Vital statistics of India. Vol. VI, European troops 1870-79
Year: 1870
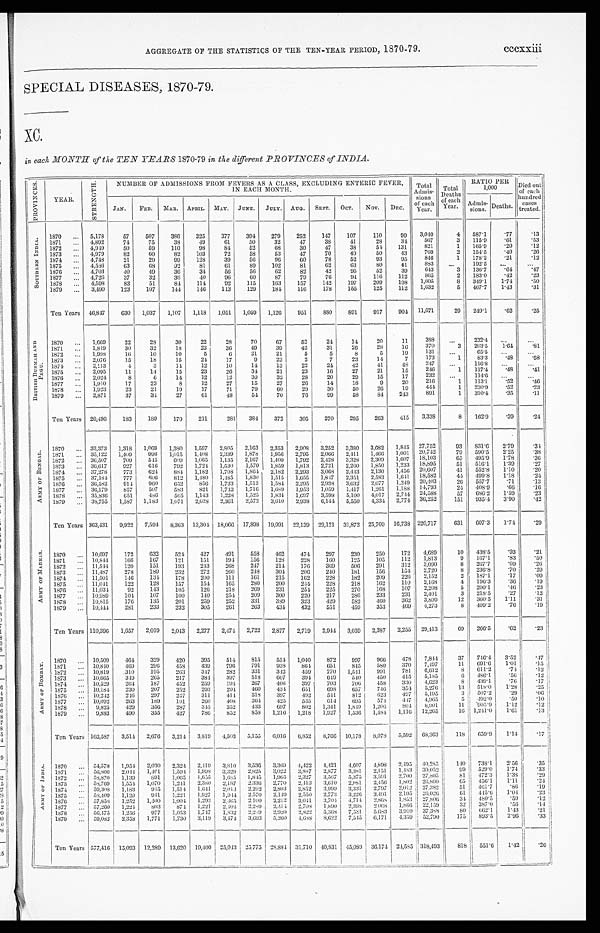
AGGREGATE OF THE STATISTICS OF THE TEN-YEAR PERIOD, 1870-79. cccxxiii
SPECIAL DISEASES, 1870-79.
XC.
in each MONTH of the TEN YEARS 1870-79 in the different PROVINCES of INDIA.
P R O V I N C E S .
YEAR.
S T R E N G T H .
NUMBER OF ADMISSIONS FROM FEVERS AS A CLASS, EXCLUDING ENTERIC FEVER,
IN EACH MONTH.
Total
Admis-
sions
of each
Year.
Total Deaths of
each
Year.
RATIO PER
1,000
D i e d o u t o f e a c h
JAN. FEB. MAR. APRIL. MAY. JUNE. JULY. AUG. SEPT. OCT. NOV. DEC.
Admis-
sions. Deaths.
hundred
cases
treated.
S O U T H E R N I N D I A .
1870 ... 5,178
57
507
386
325
377
394
279
252
147
107
110
99 3,040
4 587.1
.77
.13
1871 ... 4,892
74
75
38
49
61
50
32
47
38
41
28
34
567
3 115.9 .61
.53
1872
. . . 4,949
50
59
110
98
84
52
68
30
47
38
54
131
821
1 165.9
.20
. 1 2
1873 ... 4,979
82
60
82
103
72
58
53
47
70
49
50
43
769
2 154.5 .40
. 2 6
1874
. . . 4,748
21
29
99
128
39
56
96
60
78
52
93
95
846
1 178.2
.21
.12
1875 ... 4,586
63
68
92
81
61
89
102
81
62
63
80
41
883
...
192.5 ...
...
1876 ... 4,703
40
49
36
34
56
5 6
62
82
42
95
52
39
643
3 136.7 .64
.47
1877
. . . 4,726
37
32
36
40
96
60
87
79
76
94
116
112
8 6 5
2 183.0 .42
.23
1878 . . . 4,598
83
51
84
114
92
115
163
157
142
197
209
198 1,605
8 349.1 1.74
.50
1879 ... 3,490
123
107
144
146
113
129
184
116
178
155
125
112 1,632
5 467.7 1.43
.31
Ten Years 46,847 630 1,037 1,107 1,118 1,051 1,059 1,126
951
8 8 0
891 917 904 11,671
29 249.1
.62
.25
B R I T I S H B U R M A H A N D P E G U . 1870
. . .
1,669
22
28
30
22
28
70
67
52
24
14
20
11
388
. . .
232.4 ...
...
1871 ... 1,819
30
32
18
23
36
49
39
42
31
26
28
16
3 7 0 3 203.5
1 . 6 4
. 8 1
1872 ... 1,998
16
10
10
5
6
21
21
5
5
8
5
19
131 ...
65.5 ...
. . .
1873
. . . 2,076
15
18
15
24
17
9
22
2
7
23
14
7
173
1
83.3 .48
.58
1874 ... 2,113
4
3
14
12
10
14
13
22
24
42
41
4 8
247
...
116.8 ...
. . .
1875
. . . 2,095
11
14
15
23
26
34
21
23
16
27
21
15
246
1 117.4 .48
. 4 1
1876
. . . 2,024
8
6
14
12
12
39
3 2
28
20
29
15
17
232
. . .
114.6 ...
...
1877 ... 1,910
17
23
8
12
27
15
27
26
14
18
9
20
216
1 113.1
.52
.46
1878
. . . 1,923
23
21
19
17
71
79
60
29
30
50
26
19
444
1 230.9 .52
.23
1879
... 2,871
37
34
27
61
48
54
70
76
99
58
84 243
891
1 310.4 .35
.11
Ten Years 20,496
183
189
170
211
281 384 372
305
270
295
263
415 3,338
8 162.9 .39
.24
A R M Y O F B E N G A L .
1870 ... 33,373 1,318 1,069 1,380 1,597 2,805 2,163 2,353 2,908 3,252 3,380 3,682 1,845 27,752
9 3 831.6 2.79
. 3 4
1871 ... 35,122 1,409
998 1,015 1,408 2,339 1,876 1,956 2,795 2,066 2,411 1,466 1,001 20,742
79
590. 5 2.25
.38
1872 ... 36,507
709
545
6 0 9 1,065 1,135 2,167 1,409 1,792 2,428 3,328 2,309 1,607 18,103
65
495.9 1.78
.36
1873 ... 36,617
927
616 792 1,724 1,530 1,570 1,859 1,813 2,721 2,260 1,850 1,233 18,895
51 516.1 1.39
.27
1874 ... 37,278 773
624 884 1,182 1,708 1,864 2,189 2.293 3,068 2,443 2,130 1,456 20,607
41 552.8 1.10
.20
1875 ... 37,184 777 606
812 1,480 1,485 1,830 1,515 1,655 1,847 2,351 2,583 1,641 18,582
44 499.8 1.18
.24
1876 ... 36,582 914 960
652
856 1,733 1,513 1,584
2 . 2 9 5 2,938 3,632 2,077 1,249 20,403
26 557.7
.71
.13
1877 ... 36,179 857
507
583 821 1,742 1,716 1,689 1,953 1,059 1,417 1,261 1.188 14,793
24 408.9
.66
.16
1878 ... 35,836
651
486
565 1,143 1,228 1,525 1,834 1.697 3,598 5,100 4,017 2,744 24,588
57 686.2 1.59
.23
1879
. . . 38,755 1,587 1,183 1,071 2,028 2,361 2,572 3,610 2,93 8 6,1 4 4 5,550 4,334 2,774 30,252
151 935.4 3.90
. 4 2
Ten Years 363,431 9,922 7,594 8,363 13,304 18,066 17,898 19,991 22,139 29,121 31,872 25,709 16,738 220,717
631 607.3 1.74
.29
A R M Y O F M A D R A S .
1870 ... 10,697
172
632
524 427
491
558
462
474
297
230
250
172 4,689
10 438.5
.93
.21
1871 ... 10,844 166
167
121
151
194 156
128
228
160
1 2 5 105
112 1,813
9 167.1
.83
.50
1872 ... 11,544 120
151
193 243 268
247
214
176
369
506 291
312 3,090
8 267.7
.69
.26
1873 ... 11,487
278
189
232 272 260
248 304 206 240 181
156
154 2,720
8 236.8 .70
.29
1874 . . . 11,501 146
134 178
200
111
161
215
162
228
182 209
226 2,152
2 187.1
.17
.09
1875 ... 11,041
122 128 157
154 165
280
200
244 228 218 162
110 2,168
4 196.3
. 3 6
. 1 9
1876 ... 11,034
92
143
105
126 218
269
231
254 225
270
168
107 2,208
5
200.1 .46
.23
1877 ... 10,989 104 107
100
140 254 209 300
220
217
286
233
231 2,401
3 218.5 .27
.12
1878 ... 10,815
176 135
201
259
252
331 389
323 429 582 460
362 3,899
12 360.5 1.11
.31
1879 ... 10,444 281
233
232 305
261
263
434 432
551
459
353
469 4,273
8 409.2
. 7 6
.19
Ten Years 110,396 1,657 2,019 2,043 2,277 2,474 2,722 2,877 2,719 2,944 3,039 2,387 2,255 29,413
69 266.5 .62
.23
A R M Y O F B O M B A Y .
1870 . . . 10,509
464 329
420
395 514 815
554 1,040
872
997
966
478 7,844
37 746.4 3.52
.47
1871 ... 10,840 469
296 458 439 796 791 938 864 651
845
580 370 7,497
11 691.6 1.01
.15
1872 ... 10,819
310
195
263
347
282 331
342 459
770 1,541
991
781 6,612
8
611. 2 .74
.12
1873
. . . 10,665
349 265 217 384 397
518
607
394 649 540 450
415 5,185
6 486.1 .56
.12
1874 ... 10,529 264 187
452 259 194 267
406 397
703
706
458 330 4,623
8 439.1
.76
.17
1875 . . . 10,184 230
207
252
293
294 460
434 651
698 657
746 354 5,276
13 518.0
.29
. 0 6
1876 ... 10,242 246
297 247 311 414 318
397
492 541
812 623 497 5,195
3 507.2
. 2 9
. 0 6
1877 ... 10,092 263 189 191
260 408 364 425 535 614 695
574 447 4,965
5
492.0 .50
.10
1878 ... 9,825 429 356 287
345 352 433 697
802 1,341 1,849 1,206 804 8,901
11 905.9 1.12
.12
1879 ...
9, 883 490 355 427
786 852 858 1,216 1,218 1,927 1,536 1,484 1,116 12,265
16 1,241.0 1.61
.13
Ten Years 103,587 3 , 5 1 4
2,676 3,214 3,819 4,503 5,155 6,016 6,852 8,76 6 10,178 8,078 5,592 68,363
118 659.9 1.14
.17
A R M Y O F I N D I A . 1870 . . . 54,578 1,954 2,030 2,324 2,419 3,810 3,536 3,369 4,422 4,421 4,607 4,898 2,495 40,285
140 738.1 2.56.35
1871 ... 56,806 2,044 1,461 1,594 1,998 3,329 2,825 3,022 3,887 2,877 3,381 2,151 1,483 30,052
9 9 5 2 9 . 0
1 . 7 4
. 3 3
1872
. . . 58,870) 1,139 891 1,065 1,655 1,685 1,845 1,965 2,327 3,567 5,375 3,591 2,700 27,805
81 472.3 1.38
.29
1873
. . . 58,769 1,554 1,070 1,241 2,380 2,187 2,336 2,770 2,413 3,610 2,981 2,456 1,802 26,800
65 456.1
1 . 1 1
. 2 4
1874 ... 59,308 1,183
945 1,514 1,641 2,013 2,292, 2,803 2,852 3,999 3,331 2,797 2,012 27,382
51 461.7
. 8 6
.19
1875
. . . 58,409 1,129 941 1,221 1,927 1,944 2,570 2,149 2,550 2,773 3,226 3,491 2,10526,026
61
4 4 5 . 6
1 . 0 4
. 2 3
1876 . . . 57,858
1 , 2 5 2 1,400 1,004 1,293 2,365 2,100 2,212 3,041 3,704 4,714 2,868 1,853 27,8,0
6
34 480.5
.59
.12
18877
. . . 57,260 1,224 803
8 7 4 1,221 2,404 2,289 2,414 2,708
1 , 8 9 0
2,398 2,068 1,866 22,159
32
3 8 7 . 0 .56
.14
1878
. . . 56, 475 1,256 977 1,053 1,747 1,832 2,289 2,920 2,822 5,363 7,531 5,683 3,910 37,388
80 662.1 1.43
. 2 1
1879
. . . 59,082 2,358 1,771 1,730 3,119 3,474 3,693 5,260 4,688 8,622 7,545 6,171 4,359 52,790
175 893.5 2.96
.33
Ten Years 577,416 15,093 12,289 13,620 19,400 2 5 , 0 4 3
25,775 28,884 31,710 40,831 45,089 36,174 24,585 318,493
818 551.6 1.42
.26